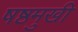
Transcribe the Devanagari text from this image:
षष्ठमुखी